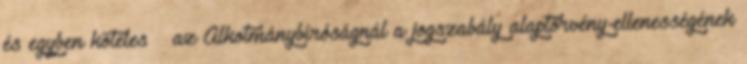
és egyben köteles – az Alkotmánybíróságnál a jogszabály alaptörvény-ellenességének